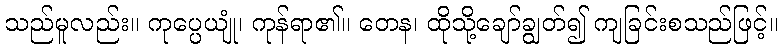
သည်မူလည်း။ ကုပ္ပေယျုံ၊ ကုန်ရာ၏။ တေန၊ ထိုသို့ချော်ချွတ်၍ ကျခြင်းစသည်ဖြင့်။